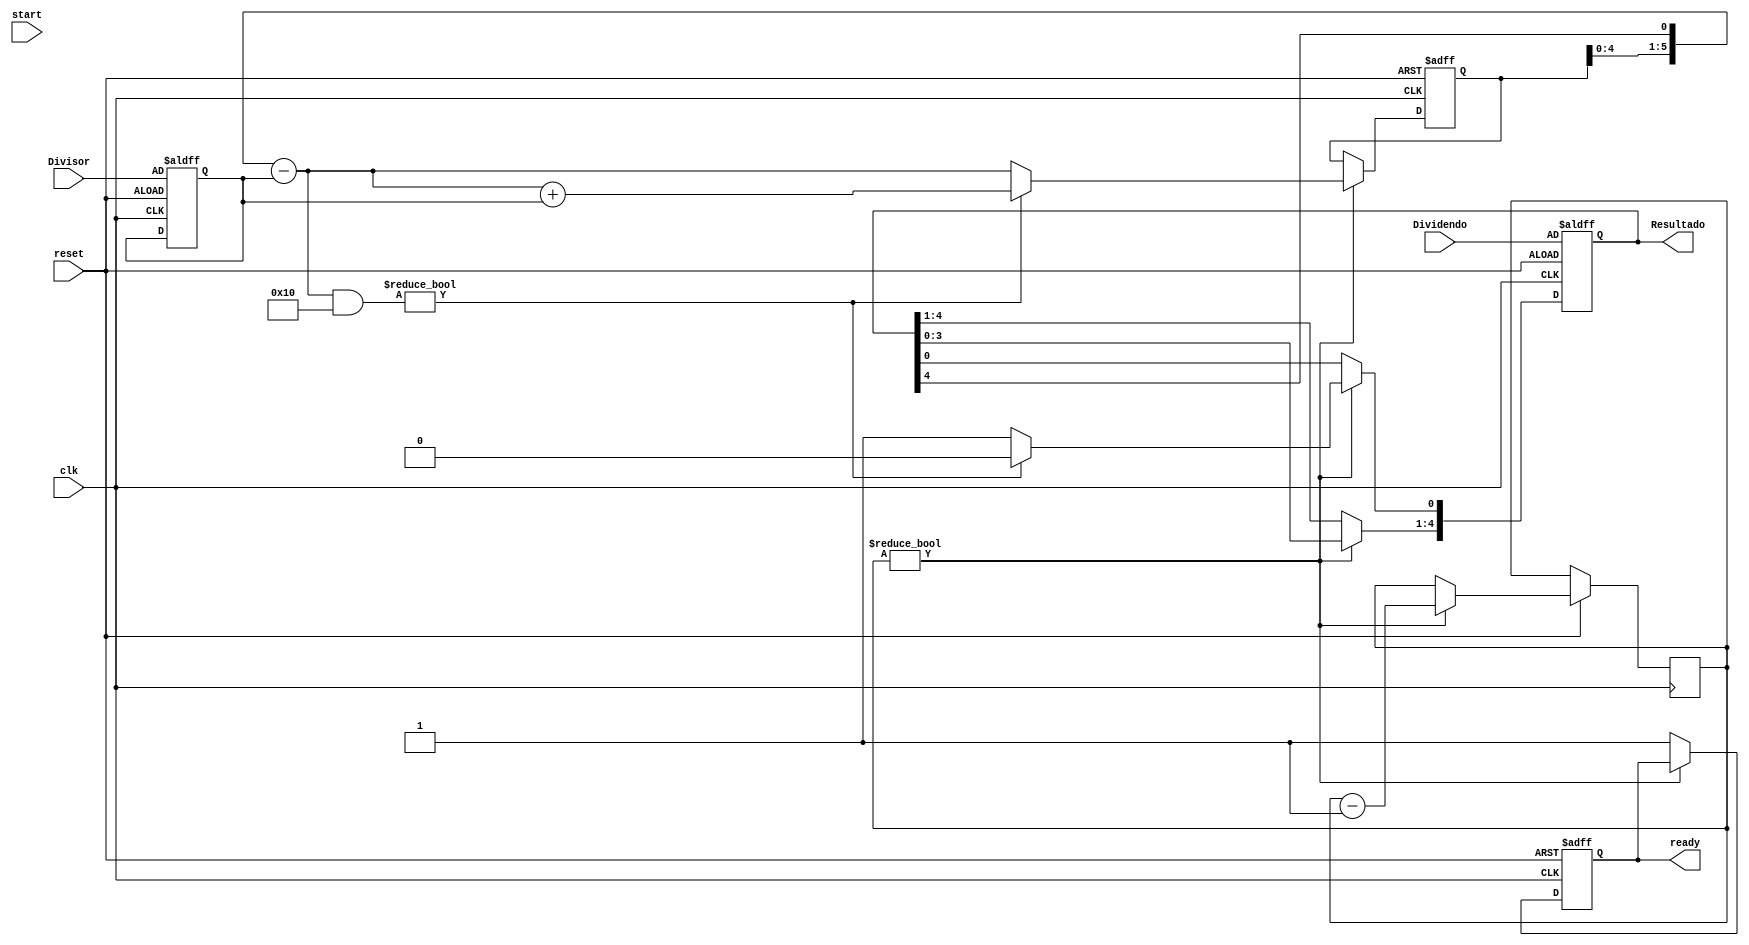
module Sequential_Divider #(parameter WORD_LENGTH = 5)
(
	////// Entradas //////
	input [WORD_LENGTH-1:0] Dividendo,
	input [WORD_LENGTH-1:0] Divisor,
	input clk,
	input reset,
	input start,

	output [WORD_LENGTH-1:0] Resultado,
	output ready
); 


reg [WORD_LENGTH-1:0] Q;
reg [WORD_LENGTH-1:0] M;
reg [WORD_LENGTH:0] A;
reg [2*WORD_LENGTH:0] temp;
reg [2:0] N = 3'b101;
reg ready_reg;


always @(posedge clk, negedge reset) begin
		if (reset == 0) begin
			Q = Dividendo;
			M = Divisor;
			A = 0;
			ready_reg = 0;
		end 
		else begin
			if(N != 0) begin
				temp = {A,Q};
				temp = temp << 1;
				Q = temp [WORD_LENGTH-1:0];
				A = temp [WORD_LENGTH*2:WORD_LENGTH];
				A = A - M;
				N = N-1;
				if(A & {1'b1,{(WORD_LENGTH-1){1'b0}}}) begin
					A = A+M;
				end else
					Q[0] = 1;
			end
			else begin
				ready_reg = 1;
			end
		end
end

assign Resultado = Q; 
assign ready = ready_reg;

endmodule